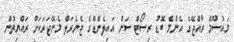
މައުސޫމް ރާއްޖޭގެ އެންމެ ބޮޑު ރިސޯޓް ސަން އައިލެންޑްގެ ޖެނެރަލް މެނޭޖަރަކަށް ރައްޔިތުން